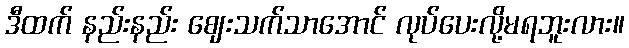
ဒီထက် နည်းနည်း ဈေးသက်သာအောင် လုပ်ပေးလို့မရဘူးလား။